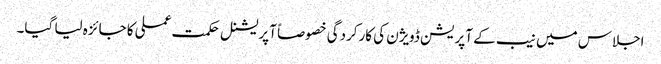
اجلاس میں نیب کے آپریشن ڈویژن کی کارکردگی خصوصاً آپریشنل حکمت عملی کا جائزہ لیا گیا۔